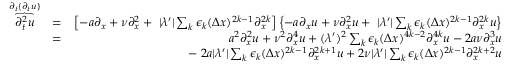
\begin{array} { r l r } { \overbrace { \partial _ { t } ^ { 2 } u } ^ { \partial _ { t } \{ \partial _ { t } u \} } } & { = } & { \left[ - a \partial _ { x } + \nu \partial _ { x } ^ { 2 } + \ | \lambda ^ { \prime } | \sum _ { k } \epsilon _ { k } ( \Delta x ) ^ { 2 k - 1 } \partial _ { x } ^ { 2 k } \right] \left\{ - a \partial _ { x } u + \nu \partial _ { x } ^ { 2 } u + \ | \lambda ^ { \prime } | \sum _ { k } \epsilon _ { k } ( \Delta x ) ^ { 2 k - 1 } \partial _ { x } ^ { 2 k } u \right\} } \\ & { = } & { a ^ { 2 } \partial _ { x } ^ { 2 } u + \nu ^ { 2 } \partial _ { x } ^ { 4 } u + ( \lambda ^ { \prime } ) ^ { 2 } \sum _ { k } \epsilon _ { k } ( \Delta x ) ^ { 4 k - 2 } \partial _ { x } ^ { 4 k } u - 2 a \nu \partial _ { x } ^ { 3 } u } \\ & { } & { - \ 2 a | \lambda ^ { \prime } | \sum _ { k } \epsilon _ { k } ( \Delta x ) ^ { 2 k - 1 } \partial _ { x } ^ { 2 k + 1 } u + 2 \nu | \lambda ^ { \prime } | \sum _ { k } \epsilon _ { k } ( \Delta x ) ^ { 2 k - 1 } \partial _ { x } ^ { 2 k + 2 } u } \end{array}